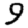
Digit: 9